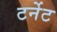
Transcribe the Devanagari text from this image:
टर्नेट